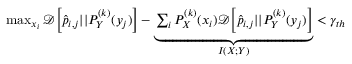
\begin{array} { r } { \operatorname* { m a x } _ { x _ { i } } \mathcal { D } \Big [ \hat { p } _ { i , j } | | P _ { Y } ^ { ( k ) } ( y _ { j } ) \Big ] - \underbrace { \sum _ { i } P _ { X } ^ { ( k ) } ( x _ { i } ) \mathcal { D } \Big [ \hat { p } _ { i , j } | | P _ { Y } ^ { ( k ) } ( y _ { j } ) \Big ] } _ { I ( X ; Y ) } < \gamma _ { t h } } \end{array}